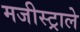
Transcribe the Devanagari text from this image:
मजीस्ट्राले